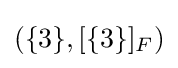
{\textstyle (\{3\},[\{3\}]_{F})}